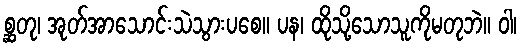
စ္ဆတု၊ အုတ်အာသောင်းသဲသွားပစေ။ ပန၊ ထိုသို့သောသူကိုမတုဘဲ။ ဝါ၊